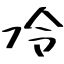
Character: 冷